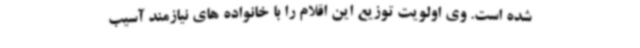
شده است. وی اولویت توزیع این اقلام را با خانواده های نیازمند آسیب